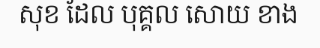
សុខ ដែល បុគ្គល សោយ ខាង